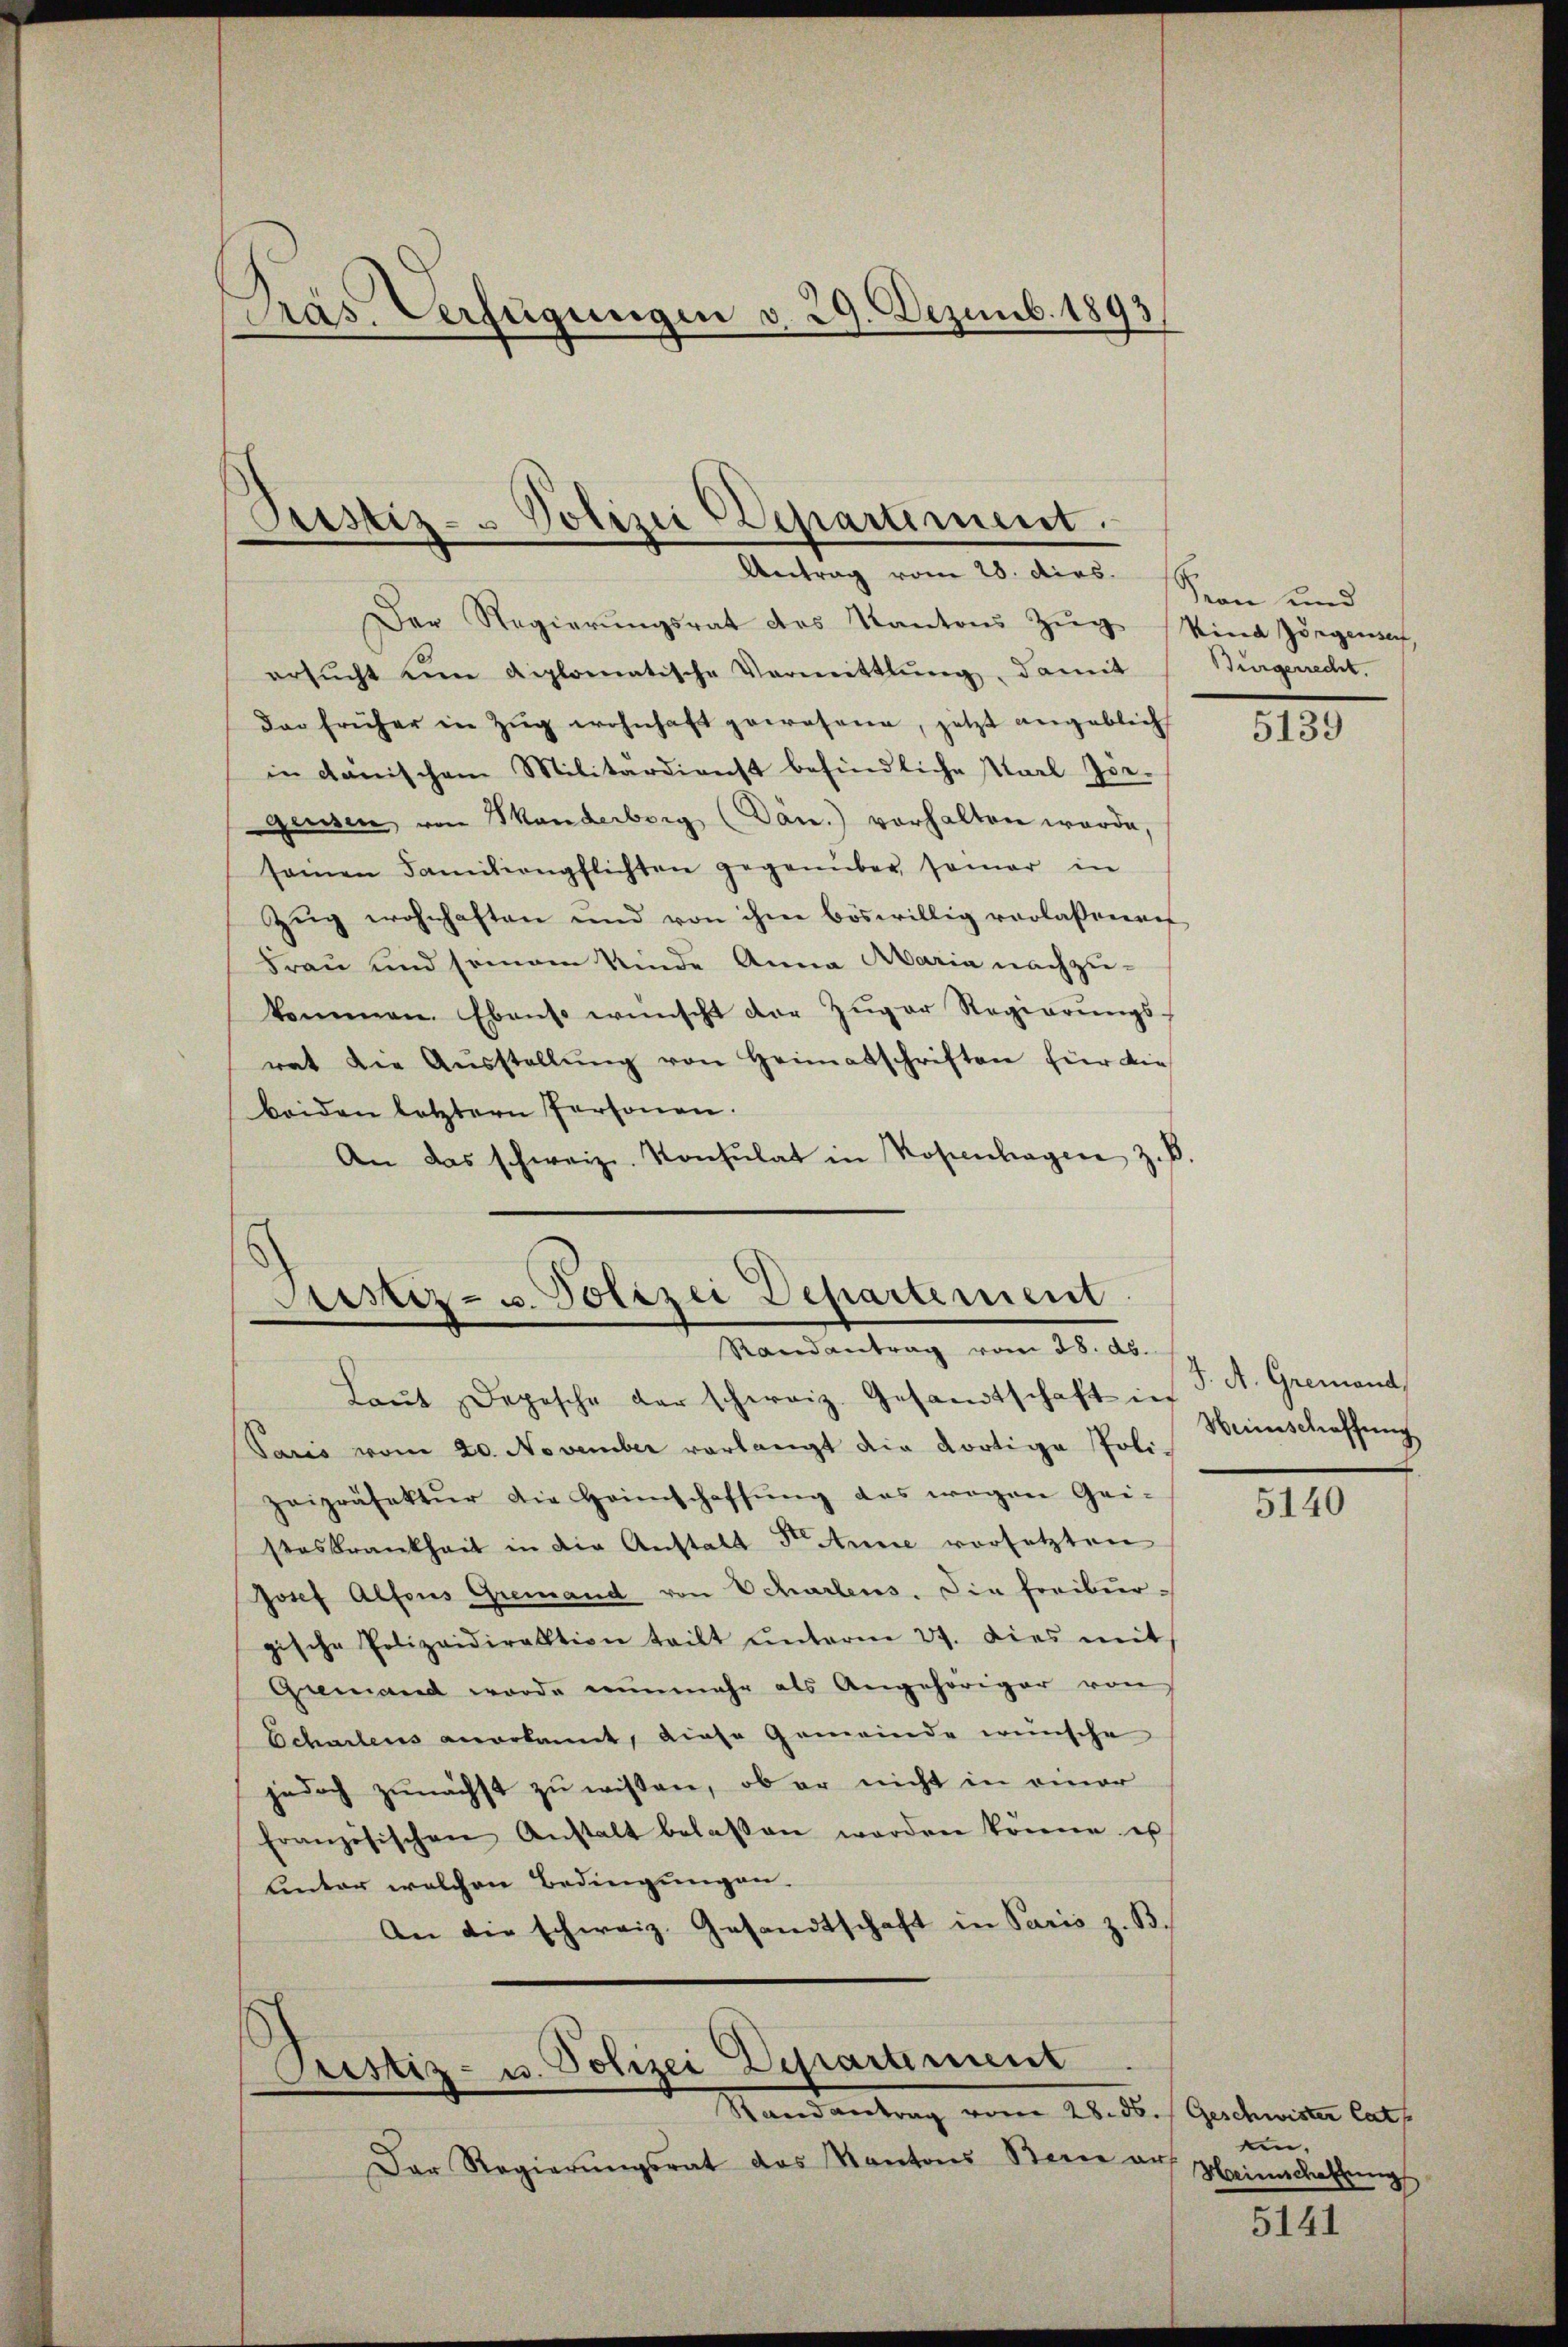
Präs. Verfügungen v. 29. Dezemb. 1893.

Justiz- & Polizei Departement.
Antrag vom 28. dies

Der Regierungsrat des Kantons Zug
ersŭcht ein diplomatische Vermittlung, damit Bürgerrecht.
das früher in Zŭg wohnhaft gewesene, jetzt angeblicht
in danischem Militärdienst befindliche Karl Joe-
güssen von Manderberg (Dan.) vorhalten werde,
seinen Familienpflichten gegenüber samer in
Zug wohnhaften und von ihm böswillig verlassenen
Frau und seinem Kinde Anna Maria nachzukommen. Ebenso wünscht der Zuger Regierungsrat die Aŭsstellŭng von Heimatschriften für die
beiden letztern Personen.
An das schweiz. Konsulat in Kopenhagen z. B.

Sistiz- u. Polizei Departement
Randantrag vom 28. ds.

Pristiz- u. Polizei Departement

Randvertrag vom 28. ds. Geschwister Cat
Der Regierŭngsrat des Kantons Benne aus

Laŭt Depesche der schweiz. Gesandtschaft in P. A. Gremand
Paris vom 20. November vorlangt die dortige Poli-
zeipräsektŭr die Heimschaffŭng des wegen Gei-
steskrankheit in die Anstalt der Anne vorsetzten
Josef Alfons Gremand von Schartens. Die Freiburgische Polizeidirektion teilt ŭnterm 27. dies mit
Gremand wurde nunmehr als Angehöriger von
Schartens anerkannt, diese Gemeinde wünsche
jedoch zunächst zu wissen, ob er nicht in einer
französischen Anstalt belassen worden könne es
unter welchen Bedingungen.
An die schweiz. Gesandtschaft in Paris z. B.

E
Son und
Kind Zörgense

5139

Heimschaffung

5140

een.
Heimschaffung

5141